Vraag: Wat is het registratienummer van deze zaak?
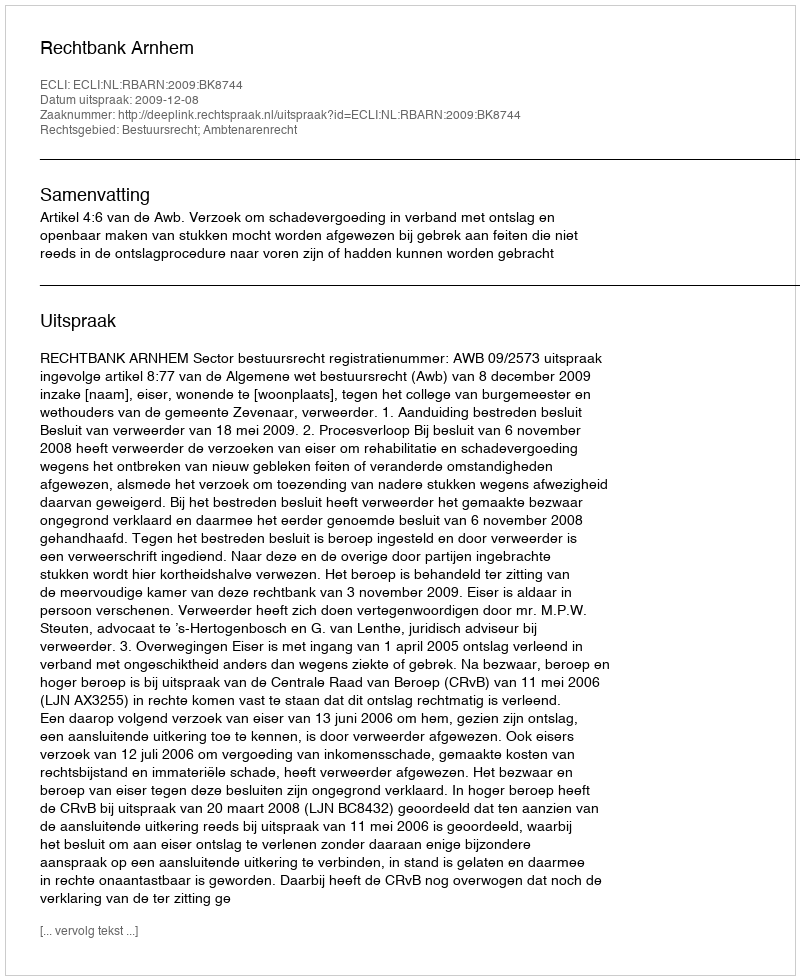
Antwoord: http://deeplink.rechtspraak.nl/uitspraak?id=ECLI:NL:RBARN:2009:BK8744